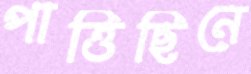
পাত্তিছিনে